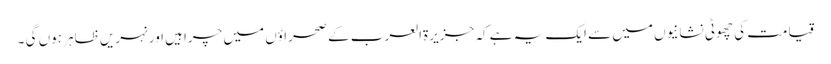
قیامت کی چھوٹی نشانیوں میں سے ایک یہ ہے کہ جزیرۃالعرب کے صحراؤں میں چراہیں اور نہریں ظاہر ہوں گی ۔